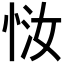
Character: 𫺈